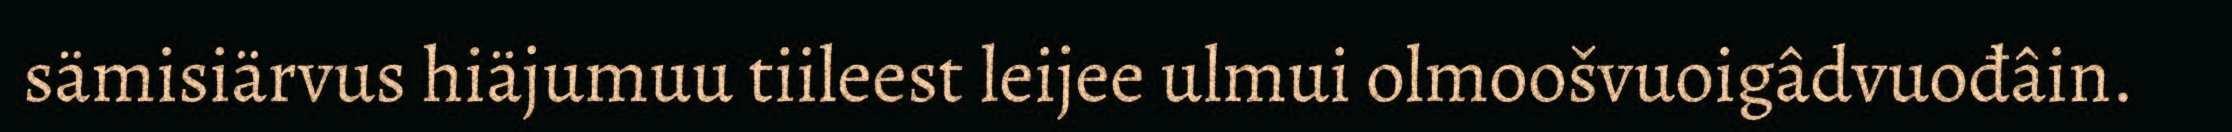
sämisiärvus hiäjumuu tiileest leijee ulmui olmoošvuoigâdvuođâin.